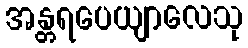
အန္တရပေယျာလေသု